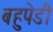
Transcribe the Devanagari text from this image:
बहुपेडी